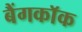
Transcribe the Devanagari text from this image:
बैंगकाॅक